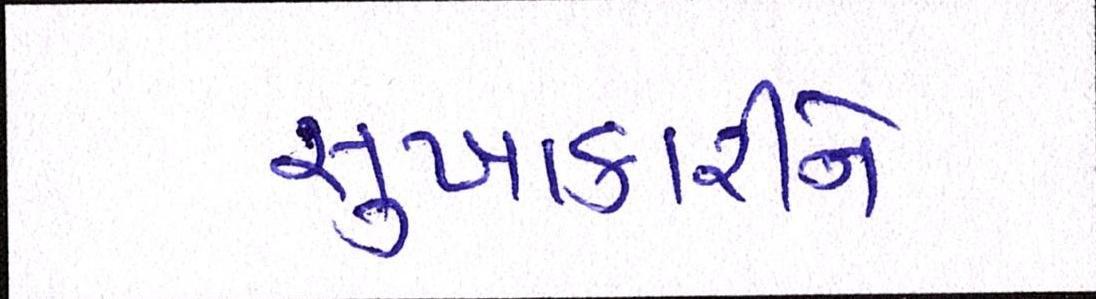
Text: સુખાકારીને